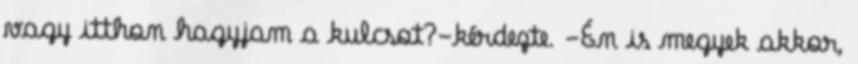
vagy itthon hagyjam a kulcsot?-kérdezte. -Én is megyek akkor,